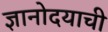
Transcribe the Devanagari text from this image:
ज्ञानोदयाची